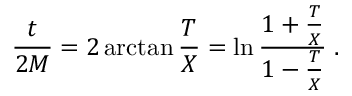
{ \frac { t } { 2 M } } = 2 \arctan { \frac { T } { X } } = \ln \frac { 1 + { \frac { T } { X } } } { 1 - { \frac { T } { X } } } \; .